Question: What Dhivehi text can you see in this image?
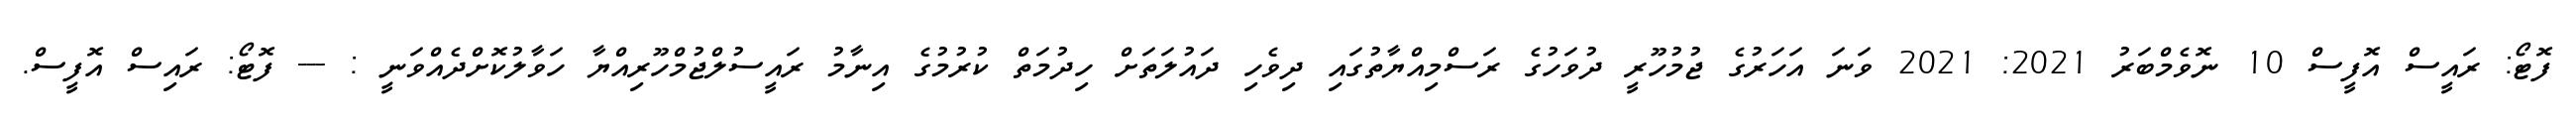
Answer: ފޮޓޯ: ރައީސް އޮފީސް 10 ނޮވެމްބަރު 2021: 2021 ވަނަ އަހަރުގެ ޖުމުހޫރީ ދުވަހުގެ ރަސްމިއްޔާތުގައި ދިވެހި ދައުލަތަށް ހިދުމަތް ކުރުމުގެ އިނާމު ރައީސުލްޖުމްހޫރިއްޔާ ހަވާލުކޮށްދެއްވަނީ : --- ފޮޓޯ: ރައިސް އޮފީސް.